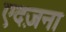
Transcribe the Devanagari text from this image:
एदज़ना